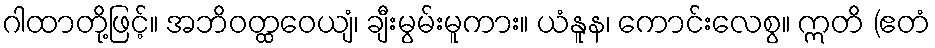
ဂါထာတို့ဖြင့်။ အဘိဝတ္ထဝေယျံ၊ ချီးမွမ်းမူကား။ ယံနူန၊ ကောင်းလေစွ။ ဣတိ (ဧတံ